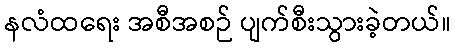
နလံထရေး အစီအစဉ် ပျက်စီးသွားခဲ့တယ်။